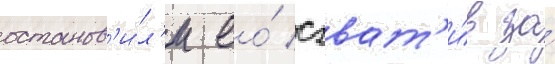
останов'и́л'и ео́ схват'и́в за́